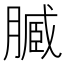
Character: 𱼔